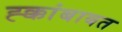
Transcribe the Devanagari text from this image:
ह्क्कांबाबत